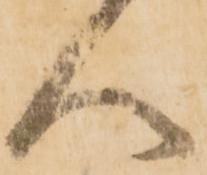
人